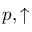
p , \uparrow